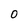
Character: 0